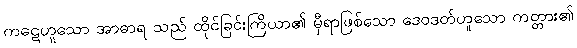
ကဋေဟူသော အာဓာရ သည် ထိုင်ခြင်းကြိယာ၏ မှီရာဖြစ်သော ဒေဝဒတ်ဟူသော ကတ္တား၏